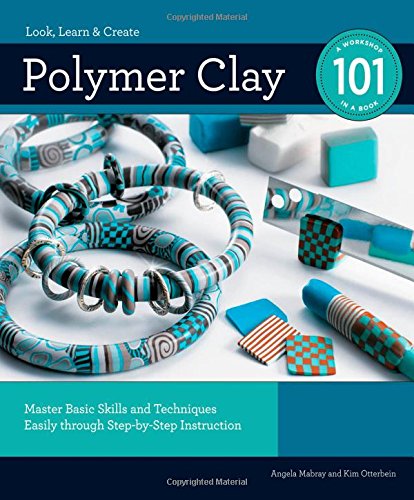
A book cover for Polymer Clay 101: Master Basic Skills and Techniques Easily through Step-by-Step Instruction; Angela Mabray; Crafts, Hobbies & Home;